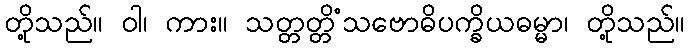
တို့သည်။ ဝါ၊ ကား။ သတ္တတ္တိံသဗောဓိပက္ခိယဓမ္မာ၊ တို့သည်။